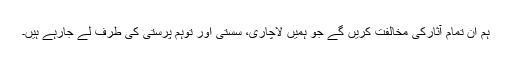
ہم ان تمام آثارکی مخالفت کریں گے جو ہمیں لاچاری، سستی اور توہم پرستی کی طرف لے جارہے ہیں۔